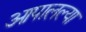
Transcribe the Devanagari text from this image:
आपालल्या